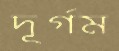
দূর্গম